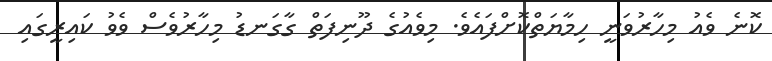
ކޮނެ ވެއު މިހާރުވަނީ ހިމާޔަތްކޮށްފައެވެ. މިވެއުގެ ދޫނިފަތް ގާގަނޑު މިހާރުވެސް ވެވު ކައިރީގައި